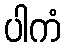
ပါကံ